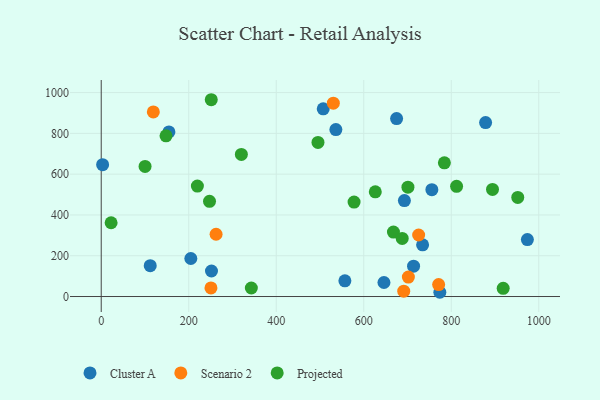
{"axis": {"x": "Study Hours", "y": "Salary"}, "legend": ["Cluster A", "Projected", "Scenario 2"], "data": [{"x": "692.9", "y": 470.4, "type": "Cluster A"}, {"x": "556.9", "y": 76.9, "type": "Cluster A"}, {"x": "507.4", "y": 920.5, "type": "Cluster A"}, {"x": "3.2", "y": 646.6, "type": "Cluster A"}, {"x": "204.8", "y": 186.3, "type": "Cluster A"}, {"x": "112.0", "y": 151.2, "type": "Cluster A"}, {"x": "154.7", "y": 807.2, "type": "Cluster A"}, {"x": "252.0", "y": 125.0, "type": "Cluster A"}, {"x": "755.7", "y": 523.9, "type": "Cluster A"}, {"x": "536.3", "y": 818.7, "type": "Cluster A"}, {"x": "878.5", "y": 852.9, "type": "Cluster A"}, {"x": "734.5", "y": 253.4, "type": "Cluster A"}, {"x": "646.2", "y": 68.8, "type": "Cluster A"}, {"x": "713.9", "y": 149.0, "type": "Cluster A"}, {"x": "974.0", "y": 279.4, "type": "Cluster A"}, {"x": "675.1", "y": 872.5, "type": "Cluster A"}, {"x": "773.9", "y": 20.8, "type": "Cluster A"}, {"x": "250.8", "y": 42.0, "type": "Scenario 2"}, {"x": "771.2", "y": 58.7, "type": "Scenario 2"}, {"x": "691.4", "y": 26.0, "type": "Scenario 2"}, {"x": "725.5", "y": 301.7, "type": "Scenario 2"}, {"x": "530.5", "y": 948.0, "type": "Scenario 2"}, {"x": "262.5", "y": 305.2, "type": "Scenario 2"}, {"x": "119.1", "y": 905.2, "type": "Scenario 2"}, {"x": "702.0", "y": 95.1, "type": "Scenario 2"}, {"x": "577.9", "y": 463.1, "type": "Projected"}, {"x": "219.8", "y": 541.6, "type": "Projected"}, {"x": "495.4", "y": 755.3, "type": "Projected"}, {"x": "251.5", "y": 964.9, "type": "Projected"}, {"x": "701.0", "y": 536.0, "type": "Projected"}, {"x": "148.1", "y": 788.1, "type": "Projected"}, {"x": "100.2", "y": 638.0, "type": "Projected"}, {"x": "952.0", "y": 485.8, "type": "Projected"}, {"x": "22.6", "y": 361.6, "type": "Projected"}, {"x": "247.5", "y": 466.6, "type": "Projected"}, {"x": "343.1", "y": 41.8, "type": "Projected"}, {"x": "320.3", "y": 696.7, "type": "Projected"}, {"x": "784.3", "y": 655.4, "type": "Projected"}, {"x": "812.2", "y": 540.2, "type": "Projected"}, {"x": "894.3", "y": 525.3, "type": "Projected"}, {"x": "918.7", "y": 40.0, "type": "Projected"}, {"x": "626.4", "y": 513.1, "type": "Projected"}, {"x": "667.9", "y": 315.9, "type": "Projected"}, {"x": "687.9", "y": 284.8, "type": "Projected"}]}